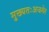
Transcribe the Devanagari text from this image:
मुख्यतःअजमेर